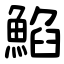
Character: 䱤